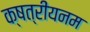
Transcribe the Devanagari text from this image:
क्षत्रीयनम